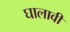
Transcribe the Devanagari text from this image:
घालावीं